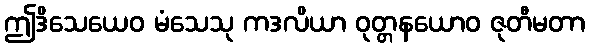
ဤဒိသေယေဝ မံသေသု ကဒလိယာ ဝုတ္တနယောဝ ဇုတီမတာ